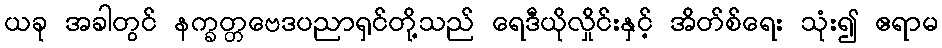
ယခု အခါတွင် နက္ခတ္တဗေဒပညာရှင်တို့သည် ရေဒီယိုလှိုင်းနှင့် အိတ်စ်ရေး သုံး၍ ဧရာမ